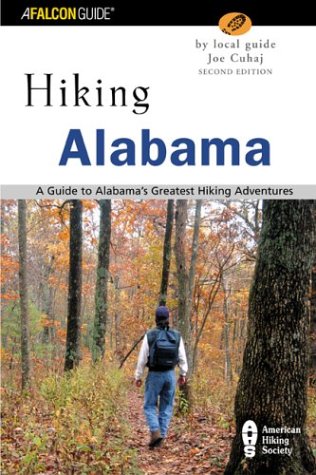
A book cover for Hiking Alabama, 2nd: A Guide to Alabama's Greatest Hiking Adventures (State Hiking Guides Series); Joe Cuhaj; Travel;